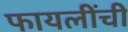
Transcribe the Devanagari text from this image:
फायलींची